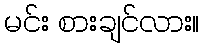
မင်း စားချင်လား။